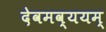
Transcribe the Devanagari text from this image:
देवमव्ययम्